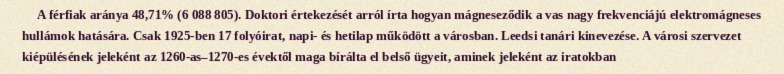
A férfiak aránya 48,71% (6 088 805). Doktori értekezését arról írta hogyan mágneseződik a vas nagy frekvenciájú elektromágneses hullámok hatására. Csak 1925-ben 17 folyóirat, napi- és hetilap működött a városban. Leedsi tanári kinevezése. A városi szervezet kiépülésének jeleként az 1260-as–1270-es évektől maga bírálta el belső ügyeit, aminek jeleként az iratokban